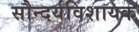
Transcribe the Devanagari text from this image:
सौन्दर्यविशायक